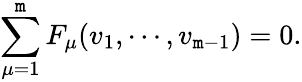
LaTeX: \sum_{\mu=1}^{\mathtt{m}}F_{\mu}(v_{1},\cdots,v_{\mathtt{m}-1})=0.